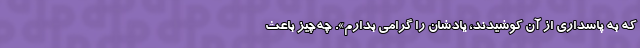
که به پاسداری از آن‌ کوشیدند، یادشان را گرامی بدارم». چه‌چیز باعث